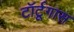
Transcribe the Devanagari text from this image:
टॉर्टूगास